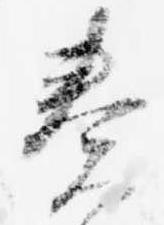
奏